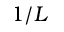
1 / L